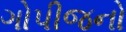
ગોપીજનો